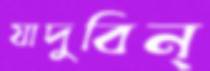
যাদুবিন্